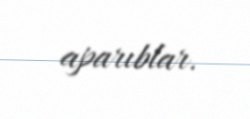
aparıblar.